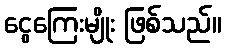
ငွေကြေးမျိုး ဖြစ်သည်။